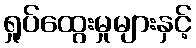
ရှုပ်ထွေးမှုများနှင့်